Statistical return of the lunatic asylum in Assam - 1912-1932
Year: 1912
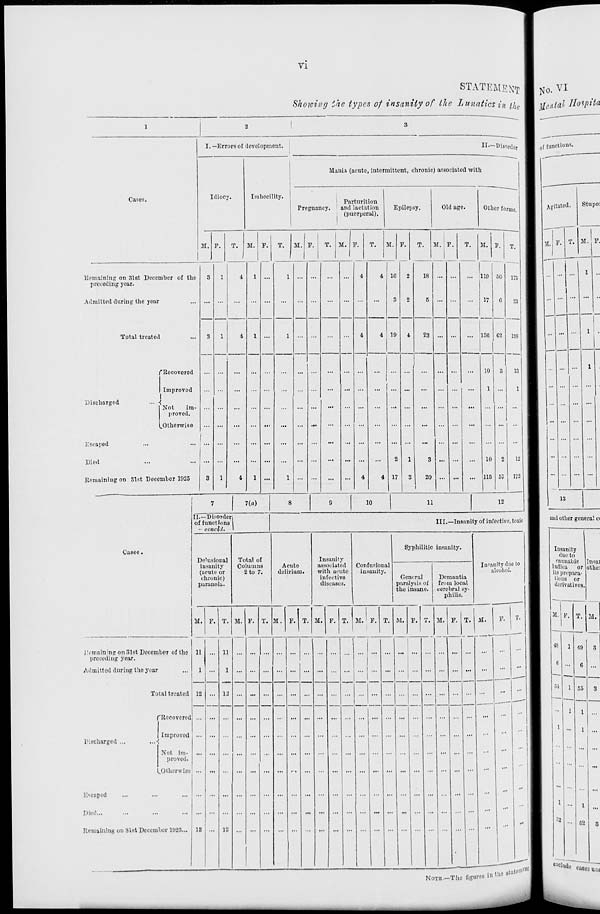
VI
STATEMENT 1 jj 0 . VI
Showing ihe types of insanity of the Lunatics in t/ le III UgntAl Jloipita
Cases.
I. —Errors of development.
II—Disorder
I of functions.
Imbecility.
M inia (acute, intermittent, chronic) as sociatcd with
Idiocy.
Parturition
Pregnancy.
and lactation
(puerperal).
Epilepsy.
Old age.
Other
M. P.
T.
i
M. F.
T.
M.| P.
1
T. M. P.
1
T.
M. P.
T. M. P.
T. M. F.
Remaining on 31st December of the
preceding year.
Admitted during the year
Total treated
fRecovered
Improved
Discharged
... i
Not
im-
proved.
^Otherwise
Escaped
Died
Remaining on 81st December 1925
4 1G
19
18
23
17
20
11!)
17
130 C2
50
10
10
115
23
193
12
172
Cases.
7(a)
10
11
12
II.—Disorder
of functions
- cencld.
III.—Insanity of infective, toxic
DeUisional
insanity
(acute or
chronic)
paranoia.
Total of
Columns
2 to 7.
Acnte
delirium.
Insanity
associated
with acute
infective
diseases.
Confasion.il
insanity.
Syphilitic insanity.
General
paralysis of
the insane.
Demantia
from local
cerebral sy-
philis.
In-anity due to
alcohol.
M. P. T. M.
T. M, P. T.
remaining on 31st December of the
preceding year.
Admitted during tho year
Total treated
fRecovered
Improved
Discharged ...
...<
Not im-
proved.
(.Otherwise
'.Neaped
Died
Remaining on 31nt December 1025...
1!
12
LI
11
12
12
M.
M. ' P T. M. V.
M. F. T. M.
P.
T.
NoTB.-The fih'ui' 08 in the BUten» eD *«
and other general c(